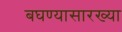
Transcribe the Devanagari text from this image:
बघण्यासारख्या